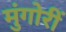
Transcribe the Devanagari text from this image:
मुंगोरीं